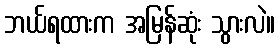
ဘယ်ရထားက အမြန်ဆုံး သွားလဲ။